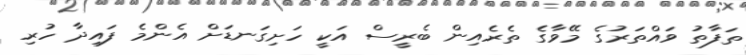
ތަފާތު ވައްތަރުގެ މޭވާގެ ތެރެއިން ބެރީސް އަކީ ހަށިގަނޑަށް އެންމެ ފައިދާ ހުރި